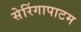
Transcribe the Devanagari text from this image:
सेरिंगापाटम